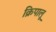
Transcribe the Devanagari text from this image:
क्रिपालू